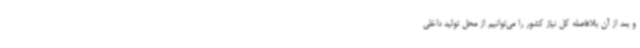
و بعد از آن بلافاصله کل نیاز کشور را می‌توانیم از محل تولید داخلی